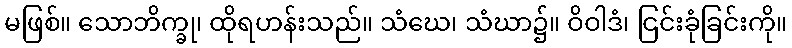
မဖြစ်။ သောဘိက္ခု၊ ထိုရဟန်းသည်။ သံဃေ၊ သံဃာ၌။ ဝိဝါဒံ၊ ငြင်းခုံခြင်းကို။